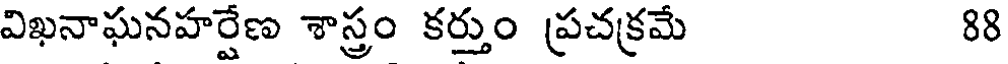
విఖనాఘనహర్షేణ శాస్త్రం కర్తుం ప్రచక్రమే 88